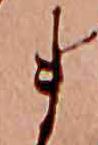
ま